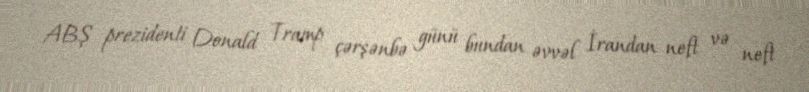
ABŞ prezidenti Donald Tramp çərşənbə günü bundan əvvəl İrandan neft və neft